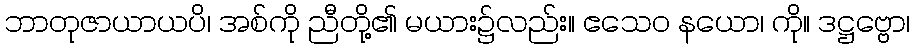
ဘာတုဇာယာယပိ၊ အစ်ကို ညီတို့၏ မယား၌လည်း။ ဧသေဝ နယော၊ ကို။ ဒဋ္ဌဗ္ဗော၊